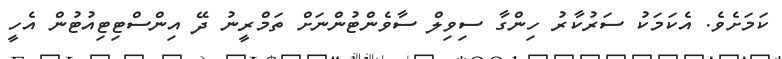
ކަމަށެވެ. އެކަމަކު ސަރުކާރު ހިންގާ ސިވިލް ސާވެންޓުންނަށް ތަމްރީނު ދޭ އިންސްޓިޓިއުޓުން އެހީ